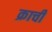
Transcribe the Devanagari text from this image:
क्राची